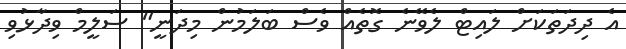
އެ ދިދަތަކަށް ލައިޓް ލެވޭނެ ގޮތެއް ވެސް ބަލަމުން މިދަނީ" ސަލީމް ވިދާޅުވި